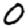
Digit: 0